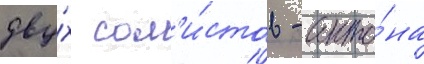
дву́х сол'и́стов - анто́на